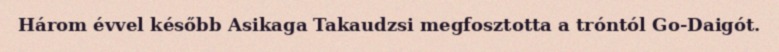
Három évvel később Asikaga Takaudzsi megfosztotta a tróntól Go-Daigót.